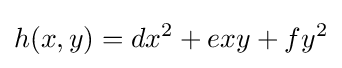
h(x,y)=dx^{2}+exy+fy^{2}